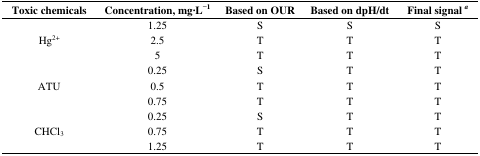
<table><thead><tr><td><b>Toxic chemicals</b></td><td><b>Concentration, mg·L<sup>−1</sup></b></td><td><b>Based on OUR</b></td><td><b>Based on dpH/dt</b></td><td><b>Final signal<i><sup>a</sup></i></b></td></tr></thead><tbody><tr><td rowspan="3">Hg<sup>2+</sup></td><td>1.25</td><td>S</td><td>S</td><td>S</td></tr><tr><td>2.5</td><td>T</td><td>T</td><td>T</td></tr><tr><td>5</td><td>T</td><td>T</td><td>T</td></tr><tr><td rowspan="3">ATU</td><td>0.25</td><td>S</td><td>T</td><td>T</td></tr><tr><td>0.5</td><td>T</td><td>T</td><td>T</td></tr><tr><td>0.75</td><td>T</td><td>T</td><td>T</td></tr><tr><td rowspan="3">CHCl<sub>3</sub></td><td>0.25</td><td>S</td><td>T</td><td>T</td></tr><tr><td>0.75</td><td>T</td><td>T</td><td>T</td></tr><tr><td>1.25</td><td>T</td><td>T</td><td>T</td></tr></tbody></table>